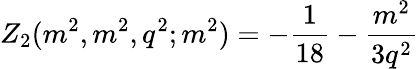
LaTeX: Z_{2}(m^{2},m^{2},q^{2};m^{2})=-\frac{1}{18}-\frac{m^{2}}{3q^{2}}